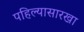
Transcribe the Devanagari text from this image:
पहिल्यासारखा